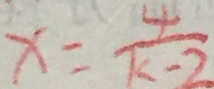
x = \frac { 4 } { k - 2 }